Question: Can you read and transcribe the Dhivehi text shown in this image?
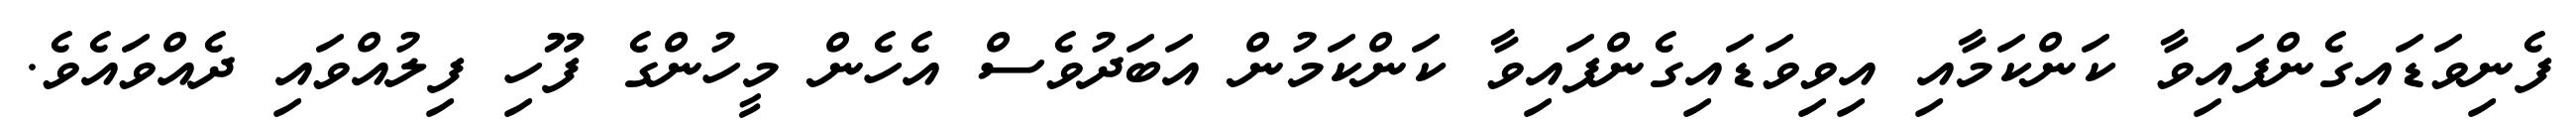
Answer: ފެނިވަޑައިގެންފައިވާ ކަންކަމާއި އިވިވަޑައިގެންފައިވާ ކަންކަމުން އަބަދުވެސް އެހެން މީހުންގެ ފޫހި ފިލުއްވައި ދެއްވައެވެ.